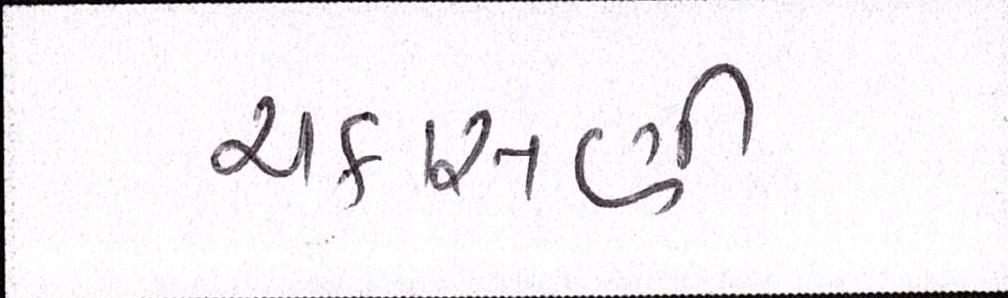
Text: ચકાસણી